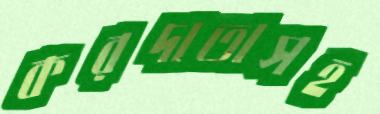
করদাতাসহ